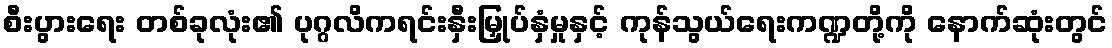
စီးပွားရေး တစ်ခုလုံး၏ ပုဂ္ဂလိကရင်းနှီးမြှုပ်နှံမှုနှင့် ကုန်သွယ်ရေးကဏ္ဍတို့ကို နောက်ဆုံးတွင်